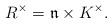
LaTeX: \begin{align*}R^\times = \mathfrak n\times K^\times.\end{align*}